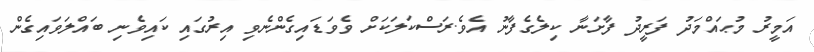
އަމީރު މުޙައްމަދު ފަރީދު ފާށަނާ ކިލެގެފާނު އެވެ.ރަސްކަލަކަށް ވެވަޑައިގެންނެވި އިރުގައި ކައިވެނި ބައްލަވައިގެން